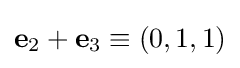
\mathbf {e} _{2}+\mathbf {e} _{3}\equiv (0,1,1)